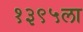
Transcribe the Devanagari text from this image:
१३९५ला